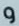
و